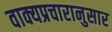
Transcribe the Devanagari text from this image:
वाक्यप्रचारानुसार